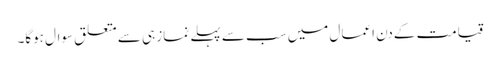
قیامت کےدن اعمال میں سب سے پہلے نماز ہی سے متعلق سوال ہوگا۔